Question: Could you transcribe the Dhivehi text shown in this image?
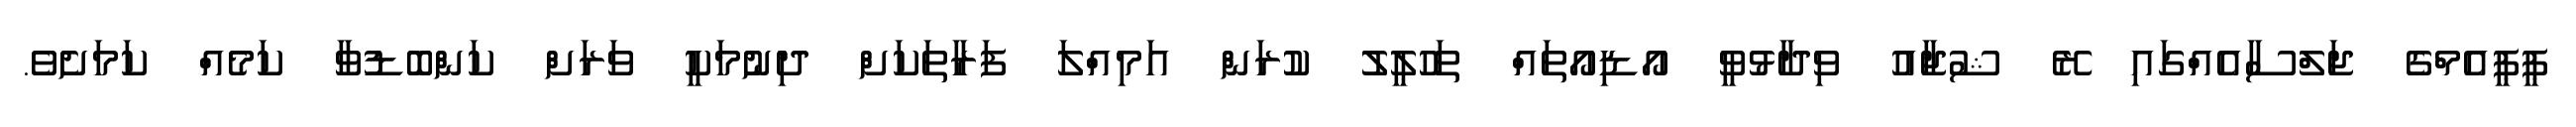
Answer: ޕީޕީއެމްގެ ޖަލްސާއެއްގައި ރޭ ޝުޖާއު ވިދާޅުވީ އޯޑިއޯތައް ތަހުލީލު ކުރަން އަމިއްލަ ފަރާތަކަށް ދިނުމަކީ ވަރަށް ކަންބޮޑުވާ ކަމެއް ކަމަށެވެ.